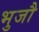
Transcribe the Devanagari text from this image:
भुजौ